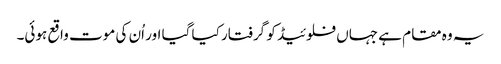
یہ وہ مقام ہے جہاں فلوئیڈ کو گرفتار کیا گیا اور اُن کی موت واقع ہوئی۔